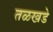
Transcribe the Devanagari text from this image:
तळखडे